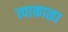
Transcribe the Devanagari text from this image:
त्याकाळा